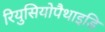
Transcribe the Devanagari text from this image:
रियुसियोपैथाइडि